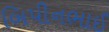
બિપીનભાઈ